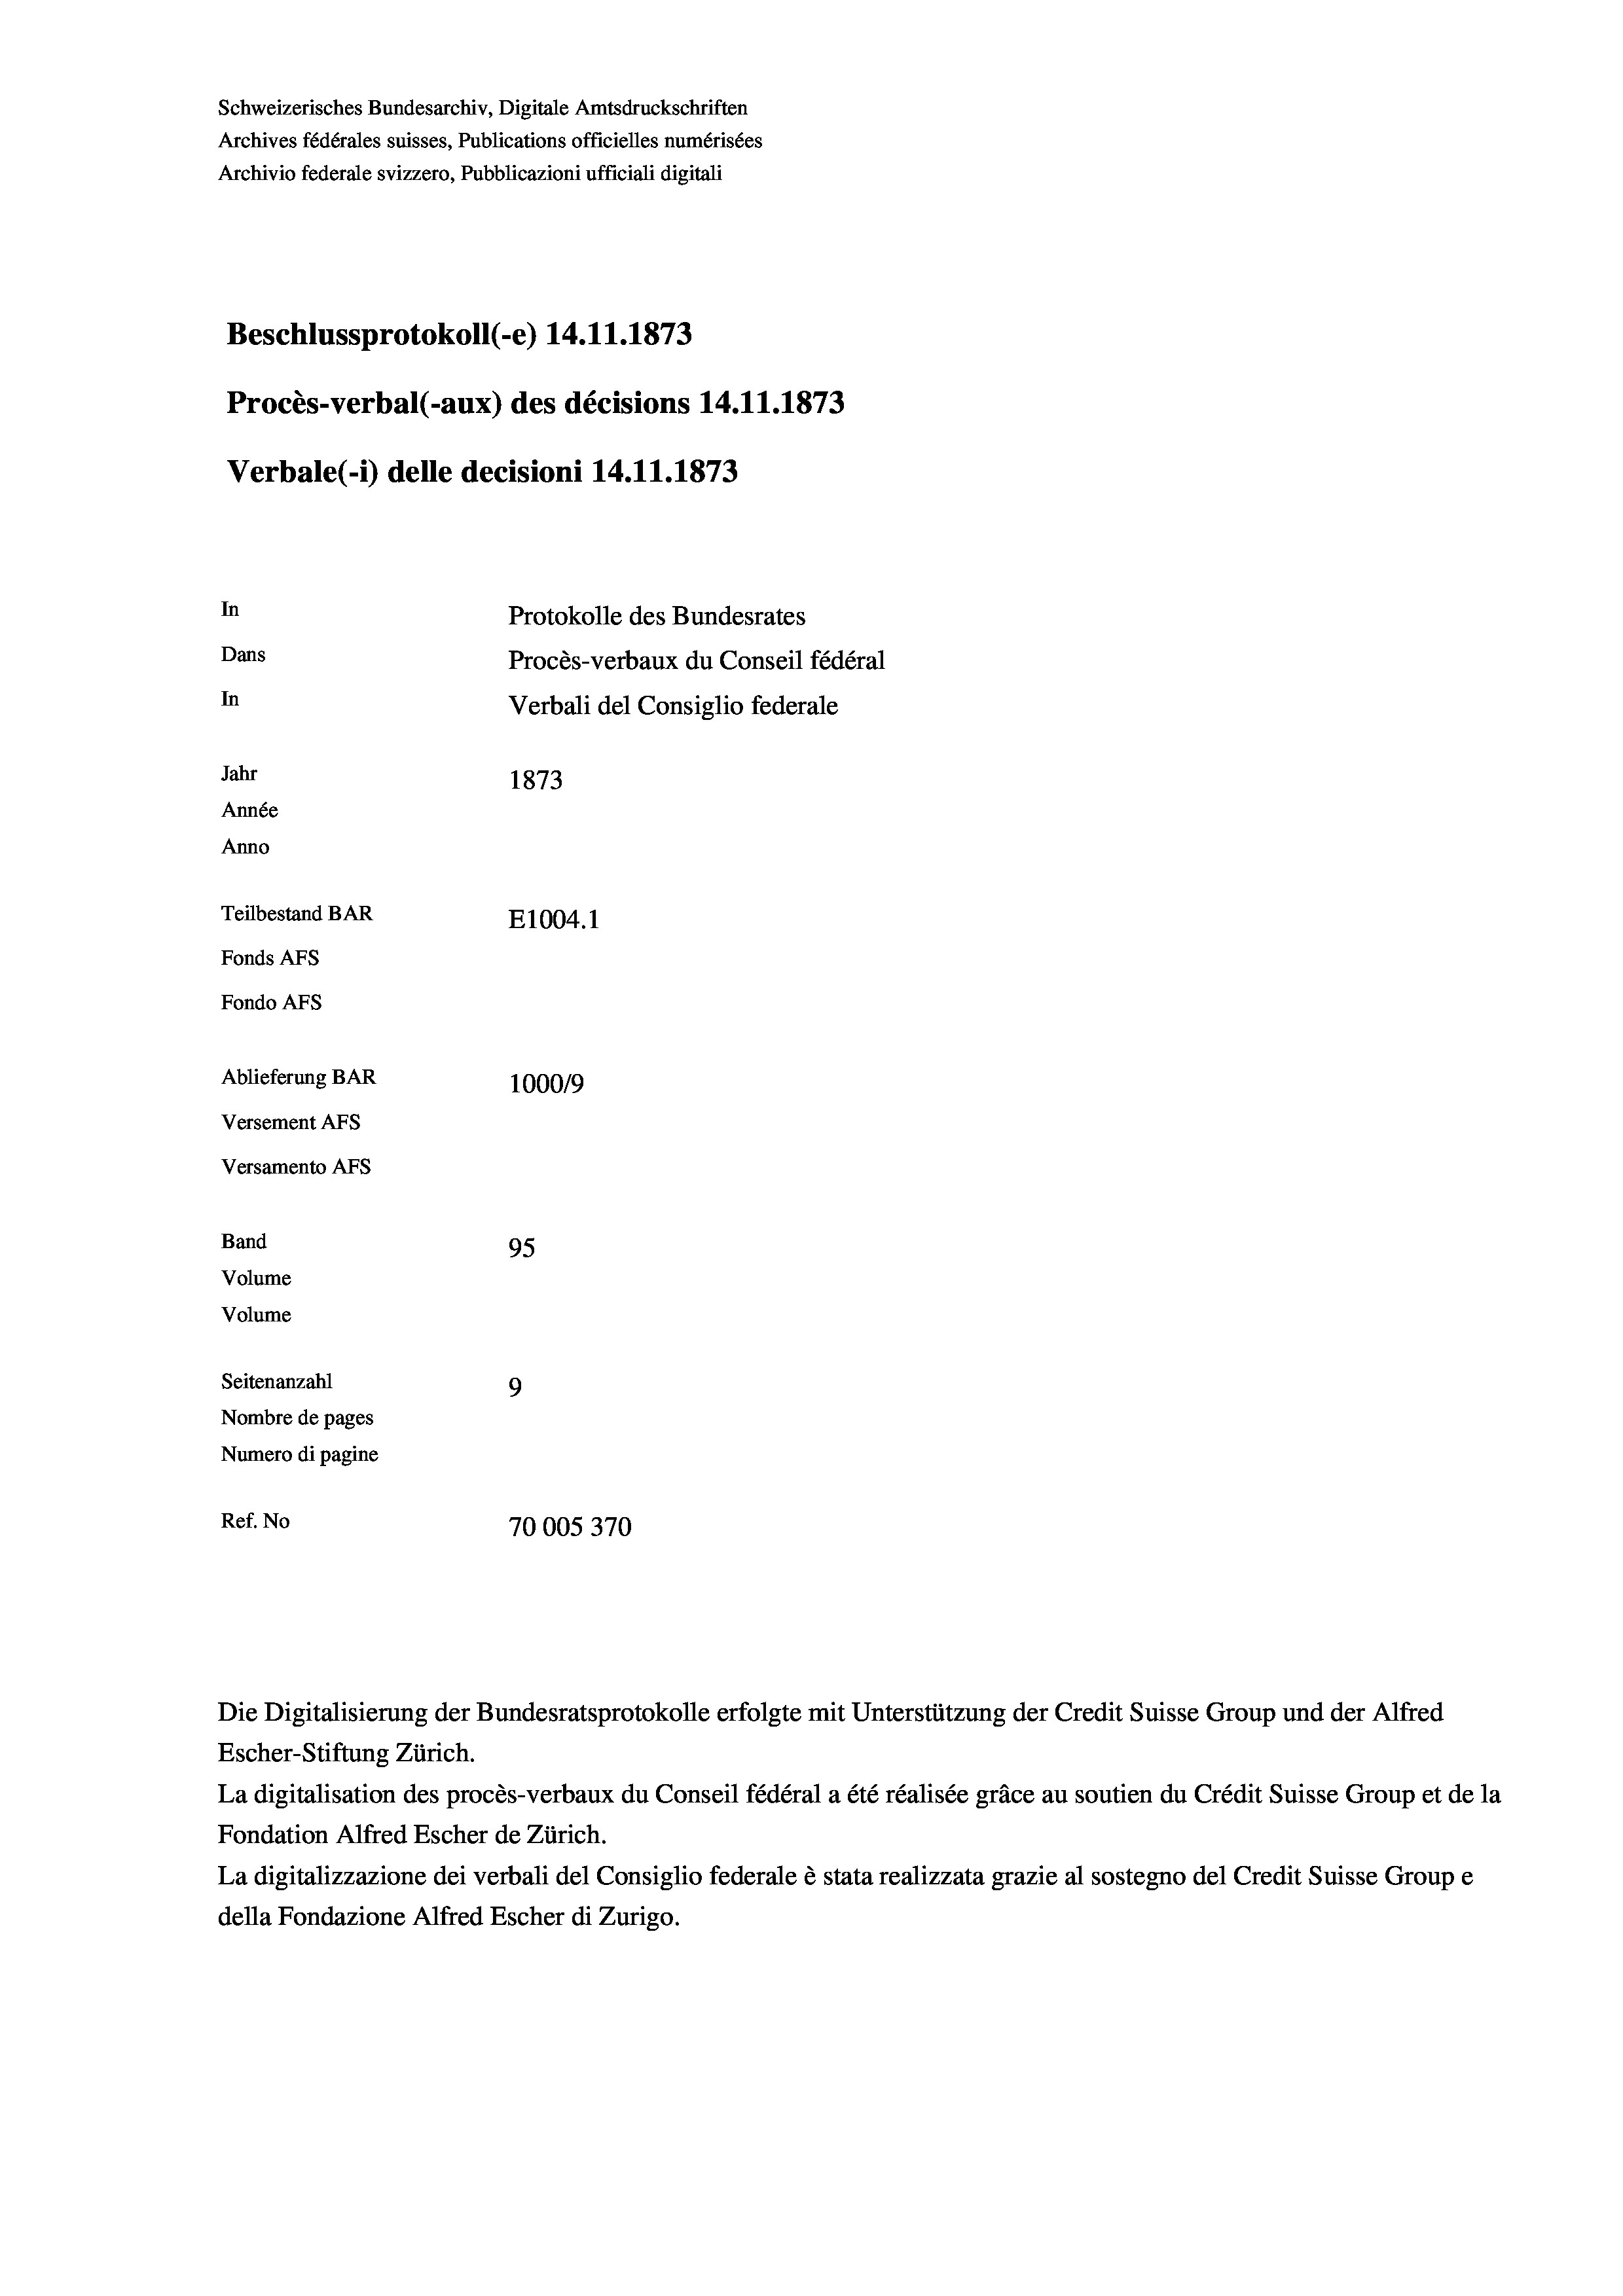
Schweizerisches Bundesarchiv, Digitale Amtsdruckschriften
Archives fédérales suisses, Publications officielles numérisées
Archivio federale svizzero, Pubblicazioni ufficiali digitali
Beschlussprotokoll (-e) 14.11.1873
Procès-verbal (-aux) des décisions 14.11.1873
Verbale(-*) delle decisioni 14.11.1873
In
Protokolle des Bundesrates
Dans
Procès-verbaux du Conseil fédéral
In
Verbali del Consiglio federale
Jahr
1873
Année
Anno
Teilbestand BAR
E1004. 1
Fonds AFs
Fondo AFs
Ablieferung BAR
100019
Versement AFS
Versamento Afs
Band
95
Volume
Volume
Seitenanzahl
9
Nombre de pages
Numero di pagine
Ref. No
70005370

Escher-Stiftung Zürich.
La digitalisation des procès-verbaux du Conseil fédéral a été réalisée gräce au soutien du Crédit Suisse Group et de la
Fondation Alfred Escher de Zürich.
La digitalizzazione dei verbali del Consiglio federale è stata realizzata grazie al sostegno del Credit Suisse Groupe
della Fondazione Alfred Escher di Zurigo.

Die Digitalisierung der Bundesratsprotokolle erfolgte mit Unterstützung der Credit Suisse Group und der Alfred